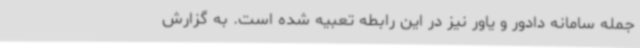
جمله سامانه دادور و یاور نیز در این رابطه تعبیه شده است. به گزارش